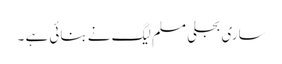
ساری بجلی مسلم لیگ نے بنائی ہے ۔